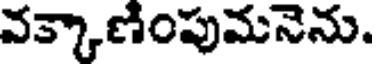
వక్కాణింపుమనెను.